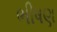
ભીષણ